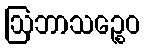
ဩဘာသဉ္စေဝ